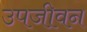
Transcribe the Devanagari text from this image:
उपजीवन